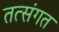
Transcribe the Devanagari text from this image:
तत्संगत